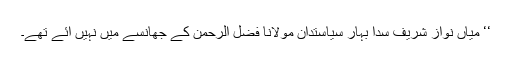
‘‘ میاں نواز شریف سدا بہار سیاستدان مولانا فضل الرحمن کے جھانسے میں نہیں آئے تھے۔